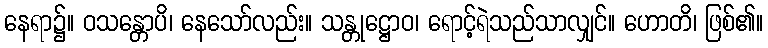
နေရာ၌။ ဝသန္တောပိ၊ နေသော်လည်း။ သန္တုဋ္ဌောဝ၊ ရောင့်ရဲသည်သာလျှင်။ ဟောတိ၊ ဖြစ်၏။